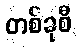
တစ်ခုစီ